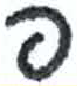
אות: פ